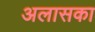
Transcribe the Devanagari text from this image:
अलासका